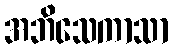
အဘိသေကာသာ